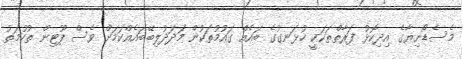
މެސެޑޯނިޔާގެ އިދިކޮޅު ފަރާތްތަކަކީ ހުޅަނގުގެ ބައެއް ގައުމުތަކުން މަދަދުލިބޭބައެއްކަމަށް ވެސް ޕޫޓިން ތުހުމަތު